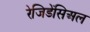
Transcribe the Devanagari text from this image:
रेजिडेंसिअल